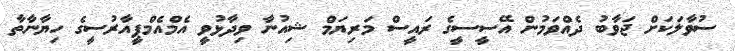
ސުވާލަކަށް ޖަވާބު ދެއްވަމުން އޭސީސީގެ ރައީސް މަރިޔަމް ޝިއުނާ ވިދާޅުވީ އެމްއެމްޕީއާރުސީގެ ހިޔާނާތާ